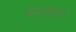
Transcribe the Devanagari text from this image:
कमळांचा